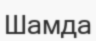
Шамда